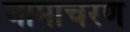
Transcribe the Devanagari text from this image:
वामाचरण